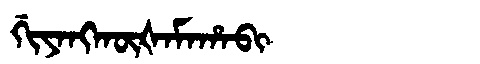
Manchu: ᡤᡳᠶᠠᠩᡴᡡᡧᠠᠮᠠᡥᠠᠪᡳ
Romanization: GIYANGKŪŠAMAHABI